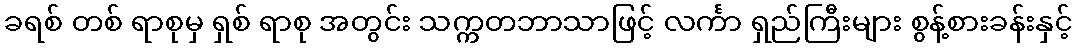
ခရစ် တစ် ရာစုမှ ရှစ် ရာစု အတွင်း သက္ကတဘာသာဖြင့် လင်္ကာ ရှည်ကြီးများ စွန့်စားခန်းနှင့်